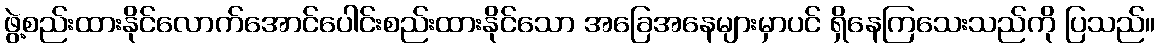
ဖွဲ့စည်းထားနိုင်လောက်အောင်ပေါင်းစည်းထားနိုင်သော အခြေအနေများမှာပင် ရှိနေကြသေးသည်ကို ပြသည်။